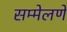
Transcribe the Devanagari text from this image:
सम्मेलणे